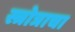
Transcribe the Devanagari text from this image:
स्त्रोत्राचा